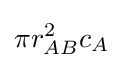
\pi r_{AB}^{2}c_{A}